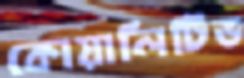
কোয়ালিটিভ